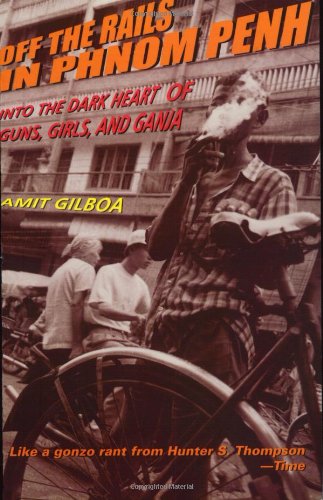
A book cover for Off the Rails in Phnom Penh: Into the Dark Heart of Guns, Girls, and Ganja; Amit Gilboa; Travel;